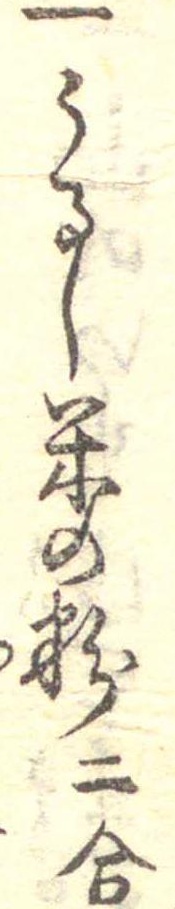
一うるし米の粉二合